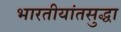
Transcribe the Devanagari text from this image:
भारतीयांतसुद्धा